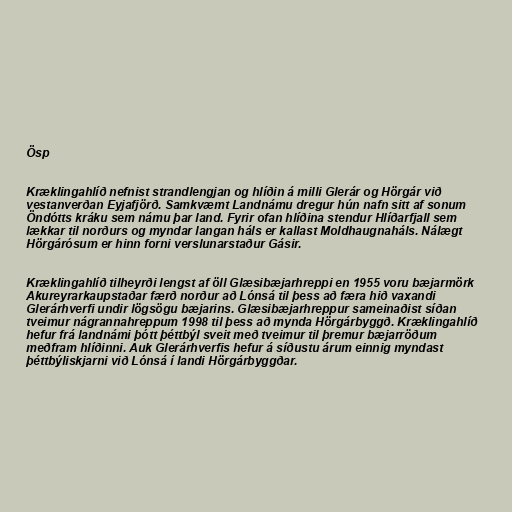
Ösp

Kræklingahlíð nefnist strandlengjan og hlíðin á milli Glerár og Hörgár við
vestanverðan Eyjafjörð. Samkvæmt Landnámu dregur hún nafn sitt af sonum
Öndótts kráku sem námu þar land. Fyrir ofan hlíðina stendur Hlíðarfjall sem
lækkar til norðurs og myndar langan háls er kallast Moldhaugnaháls. Nálægt
Hörgárósum er hinn forni verslunarstaður Gásir.

Kræklingahlíð tilheyrði lengst af öll Glæsibæjarhreppi en 1955 voru bæjarmörk
Akureyrarkaupstaðar færð norður að Lónsá til þess að færa hið vaxandi
Glerárhverfi undir lögsögu bæjarins. Glæsibæjarhreppur sameinaðist síðan
tveimur nágrannahreppum 1998 til þess að mynda Hörgárbyggð. Kræklingahlíð
hefur frá landnámi þótt þéttbýl sveit með tveimur til þremur bæjarröðum
meðfram hlíðinni. Auk Glerárhverfis hefur á síðustu árum einnig myndast
þéttbýliskjarni við Lónsá í landi Hörgárbyggðar.